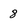
Character: 8